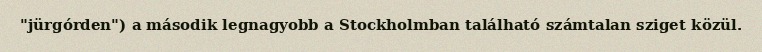
"jürgórden") a második legnagyobb a Stockholmban található számtalan sziget közül.